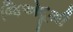
જિએદૂશી